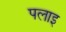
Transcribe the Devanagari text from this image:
पलाइ